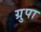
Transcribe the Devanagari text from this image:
ग्रुपा